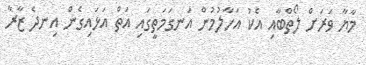
މާޔާ ވަރަށް ލޯތްބާއި އެކު އަހާލުމުން އަނގަމަތީގައި އަތް އަޅައިގެން އިނދެ ޒާރާ